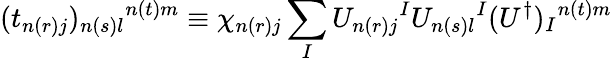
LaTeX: (t_{n(r)j})_{n(s)l}{}^{n(t)m}\equiv\chi_{n(r)j}\sum_{I}U_{n(r)j}{}^{I}U_{n(s)l}{}^{I}(U^{\dagger})_{I}{}^{n(t)m}